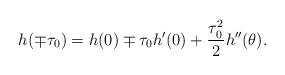
LaTeX: \begin{align*}h(\mp \tau_0)=h(0)\mp \tau_0 h'(0)+\frac{\tau_0^2}{2}h''(\theta). \end{align*}